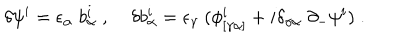
LaTeX: \delta \psi ^ { i } = \epsilon _ { \alpha } \; b _ { \alpha } ^ { i } \; , \; \delta b _ { \alpha } ^ { i } = \epsilon _ { \gamma } \; ( \phi _ { [ \gamma \alpha ] } ^ { i } + i \delta _ { \gamma \alpha } \; \partial _ { - } \psi ^ { i } ) \; .